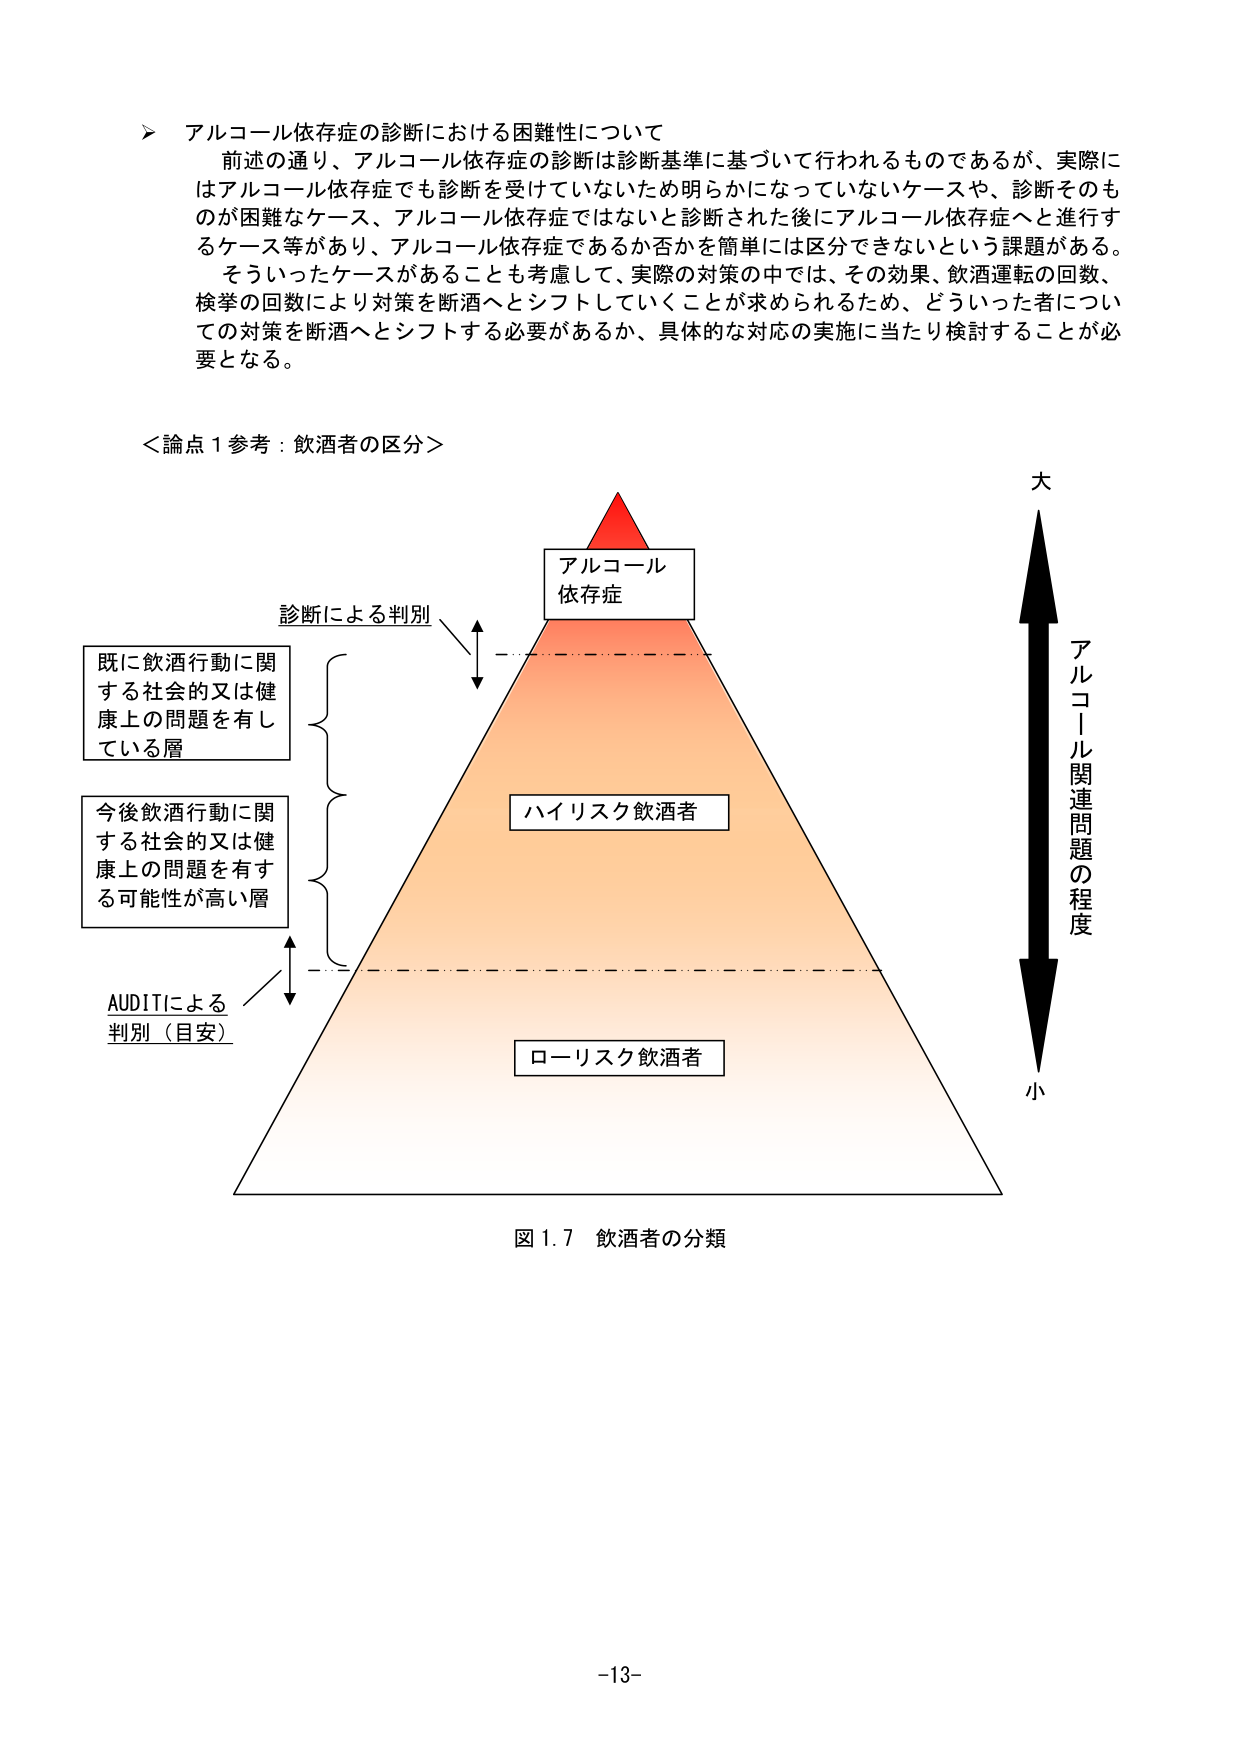
アルコール依存症の診断における困難性について
前述の通り、アルコール依存症の診断は診断基準に基づいて行われるものであるが、実際にはアルコール依存症でも診断を受けていないため明らかになっていないケースや、診断そのものが困難なケース、アルコール依存症ではないと診断された後にアルコール依存症へと進行するケース等があり、アルコール依存症であるか否かを簡単には区分できないという課題がある。
そういったケースがあることも考慮して、実際の対策の中では、その効果、飲酒運転の回数、検挙の回数により対策を断酒へとシフトしていくことが求められるため、どういった者についての対策を断酒へとシフトする必要があるか、具体的な対応の実施に当たり検討することが必要となる。

＜論点１参考：飲酒者の区分＞

アルコール
依存症

診断による判別

既に飲酒行動に関する社会的又は健康上の問題を有している層

今後飲酒行動に関する社会的又は健康上の問題を有する可能性が高い層

AUDITによる
判別（目安）

ハイリスク飲酒者

ローリスク飲酒者

大
アルコール関連問題の程度
小

図1.7 飲酒者の分類

-13-